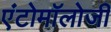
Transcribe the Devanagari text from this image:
एंटोमॉलोजी